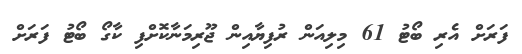
ފަރަށް އެރި ބޯޓު 61 މިލިއަން ރުފިޔާއިން ޖޫރިމަނާކޮށްފި ކާގޯ ބޯޓު ފަރަށް